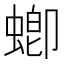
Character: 蝍